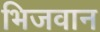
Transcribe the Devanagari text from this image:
भिजवान